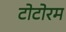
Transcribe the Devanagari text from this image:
टोटोरम